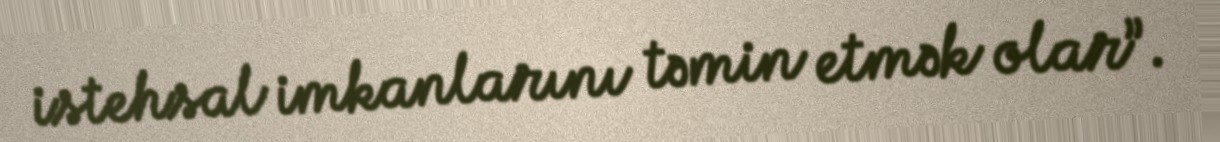
istehsal imkanlarını təmin etmək olar”.